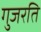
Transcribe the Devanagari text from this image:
गुजरति